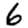
Digit: 6